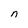
Character: n